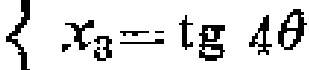
\(x_{3}=\operatorname{tg} 4\theta\)